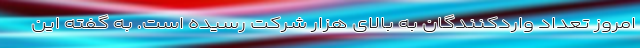
امروز تعداد واردکنندگان به بالای هزار شرکت رسیده است. به گفته این